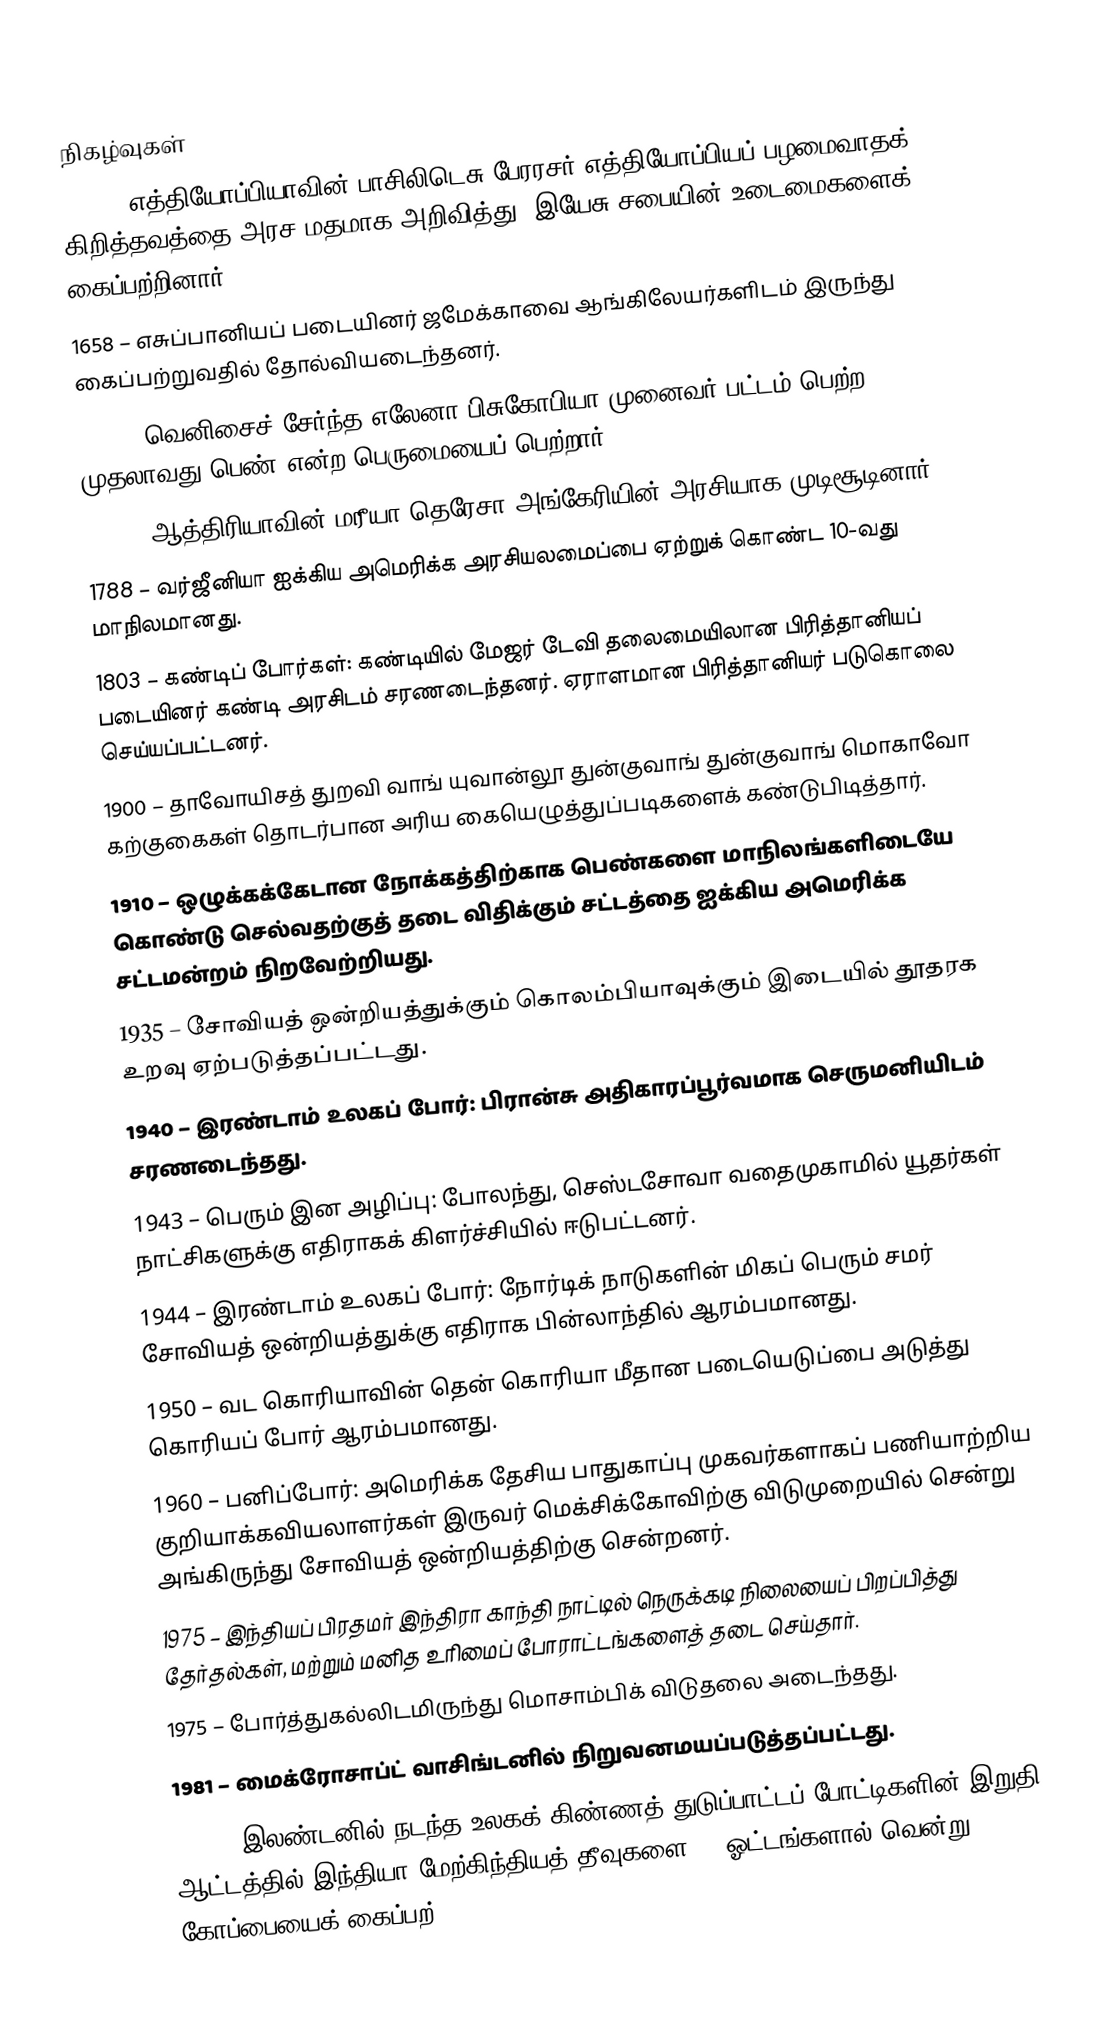

நிகழ்வுகள்
1632 – எத்தியோப்பியாவின் பாசிலிடெசு பேரரசர் எத்தியோப்பியப் பழமைவாதக் கிறித்தவத்தை அரச மதமாக அறிவித்து, இயேசு சபையின் உடைமைகளைக் கைப்பற்றினார்.
1658 – எசுப்பானியப் படையினர் ஜமேக்காவை ஆங்கிலேயர்களிடம் இருந்து கைப்பற்றுவதில் தோல்வியடைந்தனர்.
1678 – வெனிசைச் சேர்ந்த எலேனா பிசுகோபியா முனைவர் பட்டம் பெற்ற முதலாவது பெண் என்ற பெருமையைப் பெற்றார்.
1741 – ஆத்திரியாவின் மரீயா தெரேசா அங்கேரியின் அரசியாக முடிசூடினார்.
1788 – வர்ஜீனியா ஐக்கிய அமெரிக்க அரசியலமைப்பை ஏற்றுக் கொண்ட 10-வது மாநிலமானது.
1803 – கண்டிப் போர்கள்: கண்டியில் மேஜர் டேவி தலைமையிலான பிரித்தானியப் படையினர் கண்டி அரசிடம் சரணடைந்தனர். ஏராளமான பிரித்தானியர் படுகொலை செய்யப்பட்டனர்.
1900 – தாவோயிசத் துறவி வாங் யுவான்லூ துன்குவாங் துன்குவாங் மொகாவோ கற்குகைகள் தொடர்பான அரிய கையெழுத்துப்படிகளைக் கண்டுபிடித்தார்.
1910 – ஒழுக்கக்கேடான நோக்கத்திற்காக பெண்களை மாநிலங்களிடையே கொண்டு செல்வதற்குத் தடை விதிக்கும் சட்டத்தை ஐக்கிய அமெரிக்க சட்டமன்றம் நிறவேற்றியது.
1935 – சோவியத் ஒன்றியத்துக்கும் கொலம்பியாவுக்கும் இடையில் தூதரக உறவு ஏற்படுத்தப்பட்டது.
1940 – இரண்டாம் உலகப் போர்: பிரான்சு அதிகாரப்பூர்வமாக செருமனியிடம் சரணடைந்தது.
1943 – பெரும் இன அழிப்பு: போலந்து, செஸ்டசோவா வதைமுகாமில் யூதர்கள் நாட்சிகளுக்கு எதிராகக் கிளர்ச்சியில் ஈடுபட்டனர்.
1944 – இரண்டாம் உலகப் போர்: நோர்டிக் நாடுகளின் மிகப் பெரும் சமர் சோவியத் ஒன்றியத்துக்கு எதிராக பின்லாந்தில் ஆரம்பமானது.
1950 – வட கொரியாவின் தென் கொரியா மீதான படையெடுப்பை அடுத்து கொரியப் போர் ஆரம்பமானது.
1960 – பனிப்போர்: அமெரிக்க தேசிய பாதுகாப்பு முகவர்களாகப் பணியாற்றிய குறியாக்கவியலாளர்கள் இருவர் மெக்சிக்கோவிற்கு விடுமுறையில் சென்று அங்கிருந்து சோவியத் ஒன்றியத்திற்கு சென்றனர்.
1975 – இந்தியப் பிரதமர் இந்திரா காந்தி நாட்டில் நெருக்கடி நிலையைப் பிறப்பித்து தேர்தல்கள், மற்றும் மனித உரிமைப் போராட்டங்களைத் தடை செய்தார்.
1975 – போர்த்துகல்லிடமிருந்து மொசாம்பிக் விடுதலை அடைந்தது.
1981 – மைக்ரோசாப்ட் வாசிங்டனில் நிறுவனமயப்படுத்தப்பட்டது.
1983 – இலண்டனில் நடந்த உலகக் கிண்ணத் துடுப்பாட்டப் போட்டிகளின் இறுதி ஆட்டத்தில் இந்தியா மேற்கிந்தியத் தீவுகளை 43 ஓட்டங்களால் வென்று கோப்பையைக் கைப்பற்